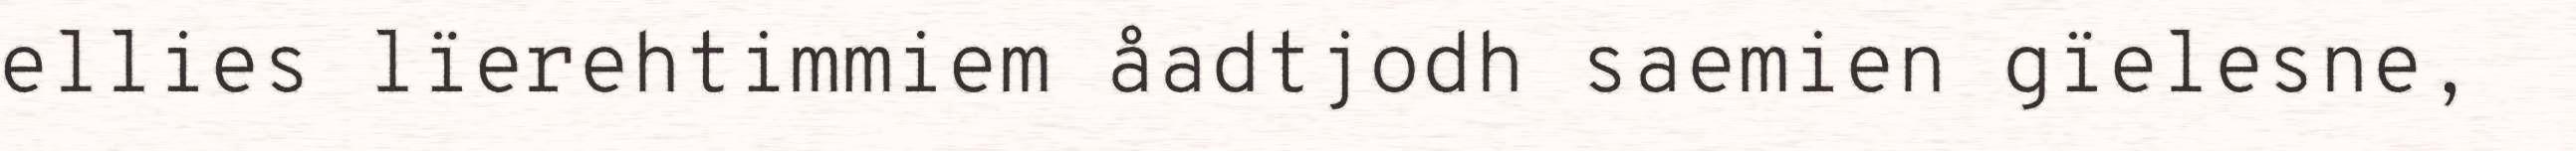
ellies lïerehtimmiem åadtjodh saemien gïelesne,